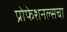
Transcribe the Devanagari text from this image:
प्रोफेशनल्सचा